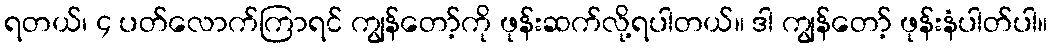
ရတယ်၊ ၄ ပတ်လောက်ကြာရင် ကျွန်တော့်ကို ဖုန်းဆက်လို့ရပါတယ်။ ဒါ ကျွန်တော့် ဖုန်းနံပါတ်ပါ။